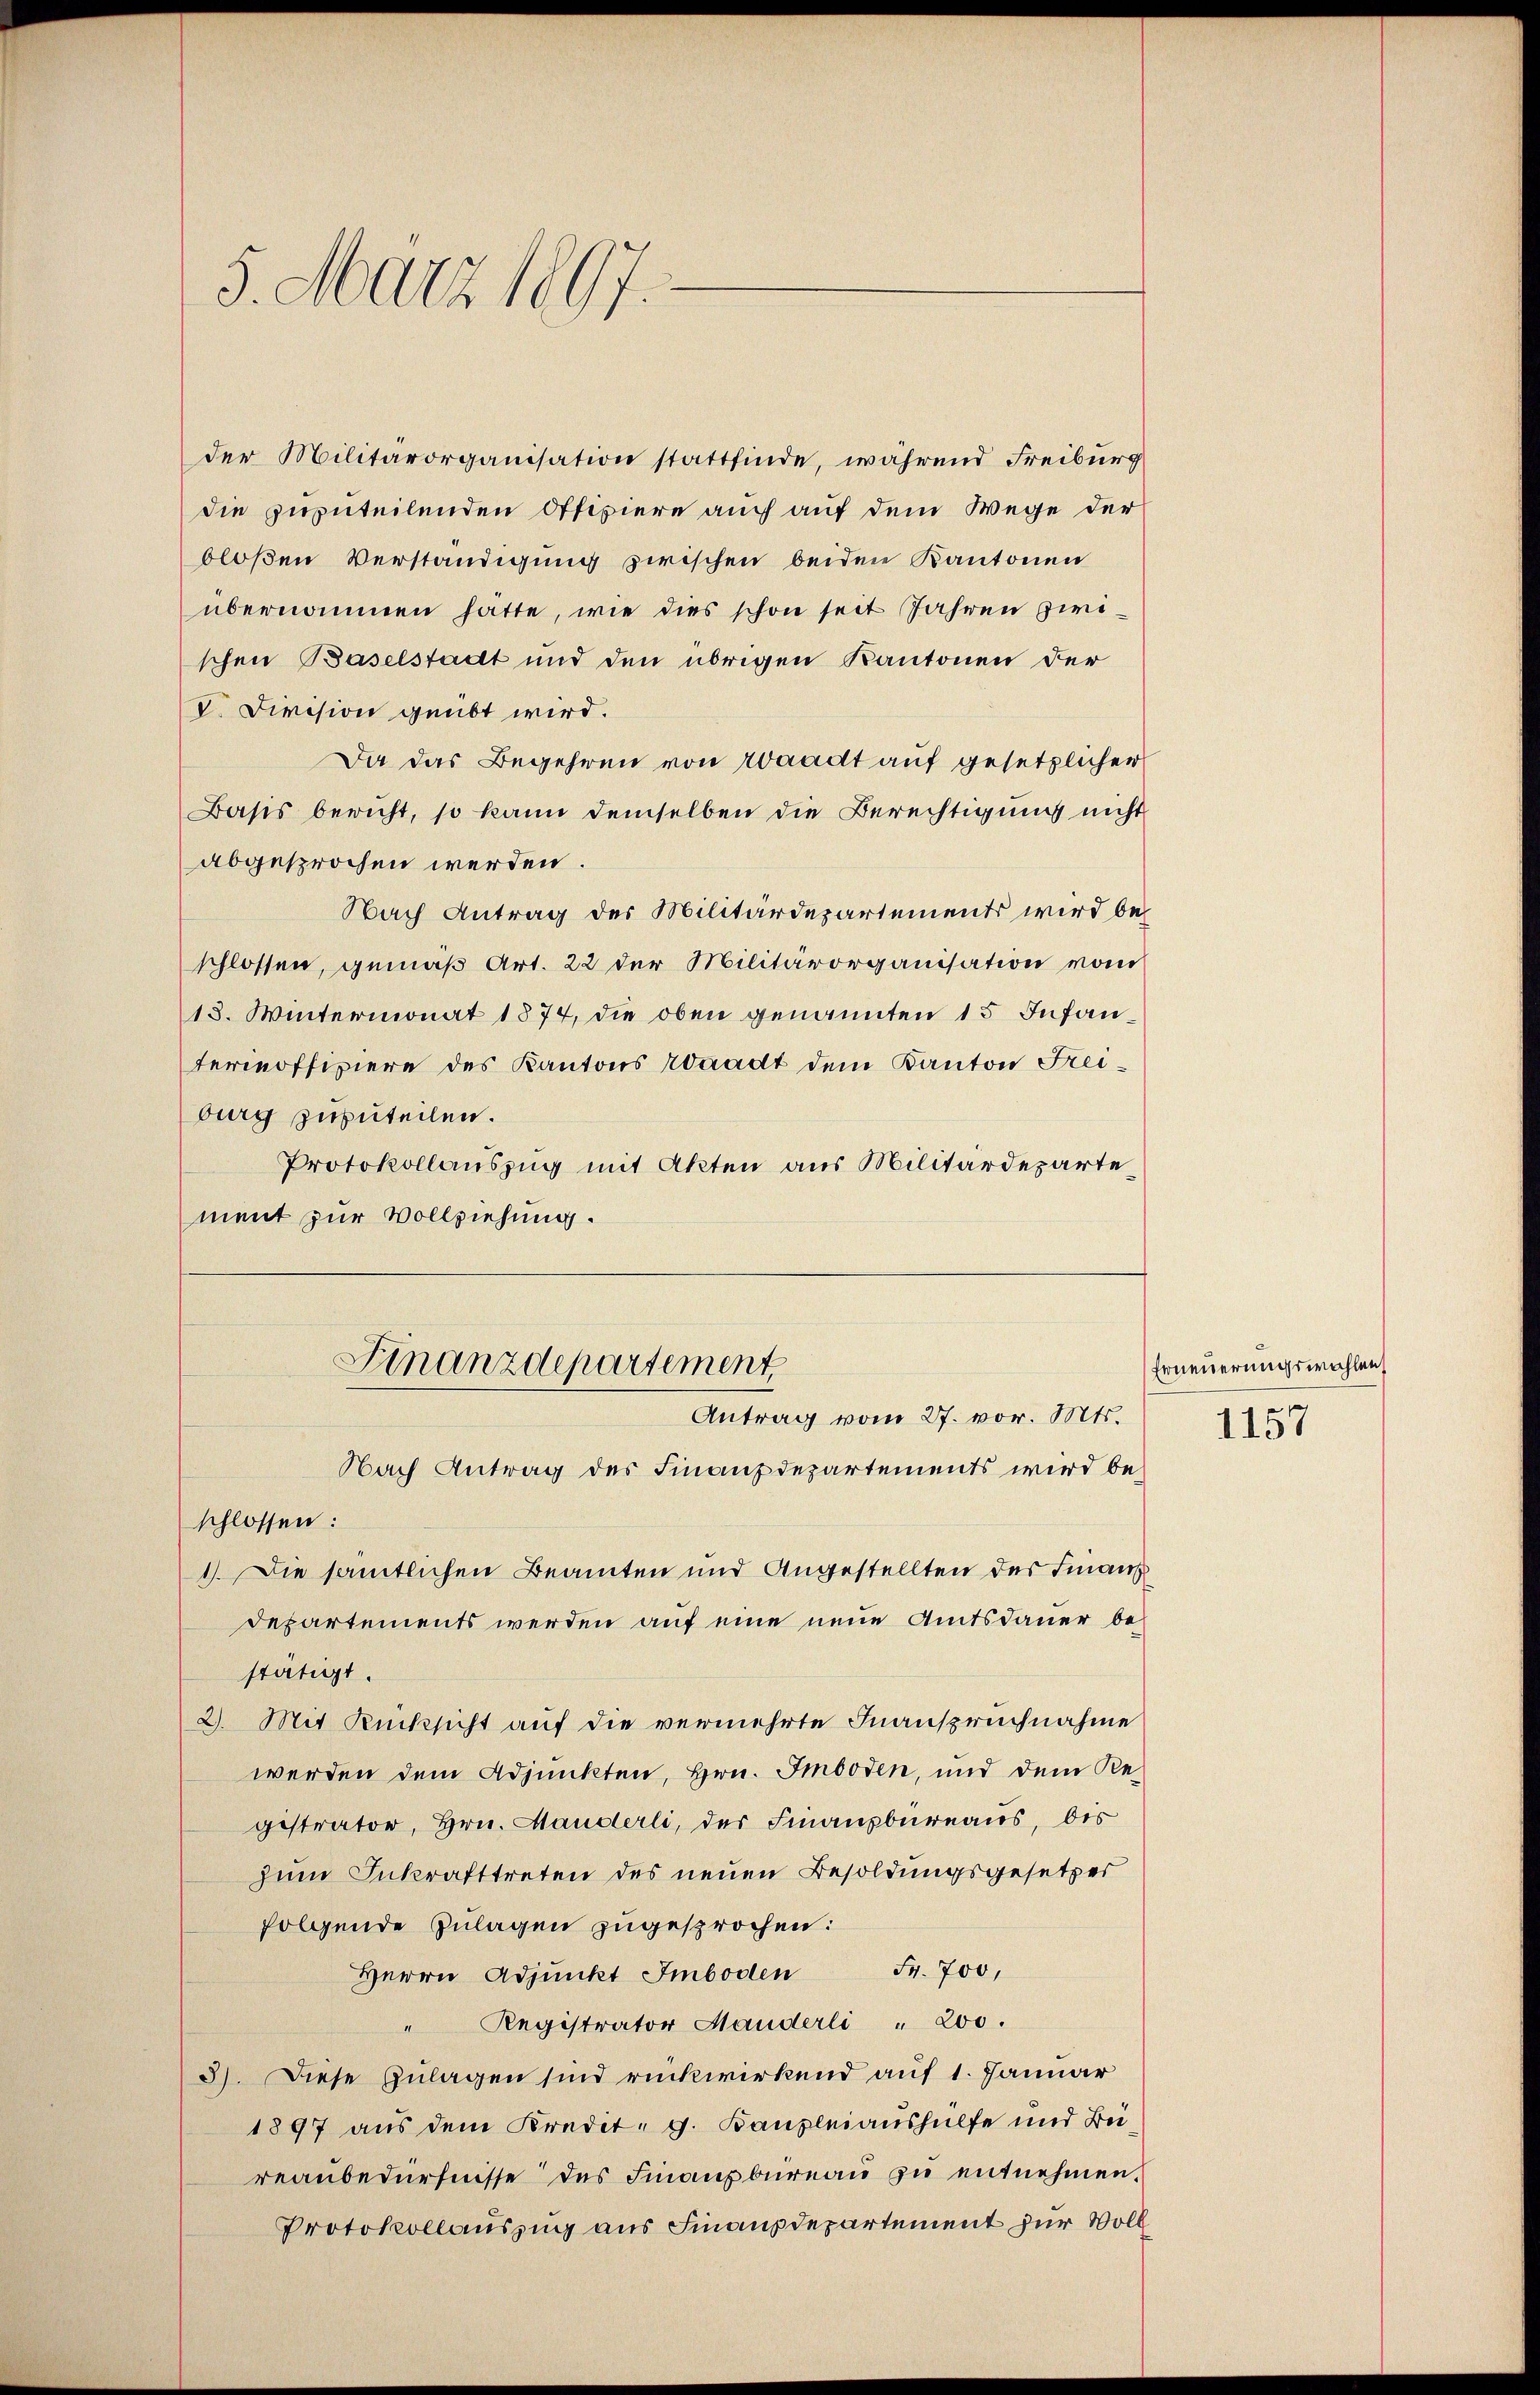
5. März 1897.

V. Division geübt wird.
Da das Begehren von Waadt auf gesetzlicher
Basis bericht, so kann demselben die Berechtigung nicht
abgesprochen werden.
Nach Antrag des Militärdepartements wird beschlossen, gemäß Art. 22 der Militärorganisation vom
18. Wintermonat 1874, die oben genannten 15 Infanterinoffiziere des Kantons Waadt dem Kanton Freiburg zuzuteilen.
Protokollauszug mit Akten aus Militärdeparte
ment zur Vollziehung.

der Militärorganisation stattfinde, während Freiburg
die zuzuteilenden Offiziere auch auf dem Wege der
bloßen Verständigung zwischen beiden Kantonen
übernommen hatte, wie dies schon seit Jahren zwischen Baselstadt und den übrigen Kantonen der

Finanzdepartement
Antrag vom 27. vor. Mts.

Nach Antrag des Finanzdepartements wird beschlossen:
1. Die sämtlichen Beamten und Angestellten der Finanz
departements werden auf eine neue Amtsdauer bestätigt.
2. Mit Rücksicht auf die vermehrte Inanspruchnahme
werden dem Adjunkten, Hrn. Imboden, und dem Re-
gestrator, Hrn. Manderli, der Finanzbüreaus, dis
zum Inkrafttreten des neuen Besoldungsgesetzes
folgende Zulagen zugesprochen:
Herrn Adjunkt Imboden Fr. 700,
" Registrator Handerli " 200.
3). Diese Zulagen sind rückwirkend auf 1. Januar
1897 aus dem Kredit. g. Kanzleiaushülfe und Beireaubedürfnisse des Finanzbureau zu entnehmen.
Protokollauszug aus Finanzdepartement zur Voll

Erneuerungswahlen,

1157